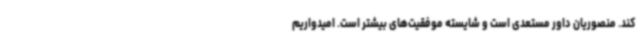
کند. منصوریان داور مستعدی است و شایسته موفقیت‌های بیشتر است. امیدواریم